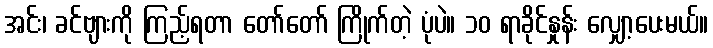
အင်း၊ ခင်ဗျားကို ကြည့်ရတာ တော်တော် ကြိုက်တဲ့ ပုံပဲ။ ၁၀ ရာခိုင်နှုန်း လျှော့ပေးမယ်။